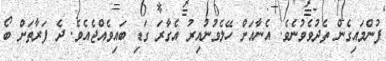
ފުންމައިގެން ތެދުވެވުނެވެ. އެނާއަށް ހޭލެވުނުއިރު އެގާރަ ގަޑި ބައިވެއްޖެއެވެ. ދެ ފަރާތަށް ބޯ